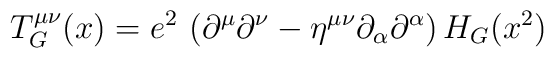
T^{\mu\nu}_G (x) = e^2\,\left(\partial^{\mu}\partial^{\nu} -\eta^{\mu\nu}\partial_{\alpha}\partial^{\alpha}\right)H_G(x^2)